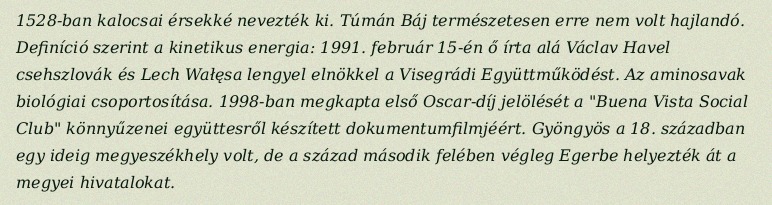
1528-ban kalocsai érsekké nevezték ki. Túmán Báj természetesen erre nem volt hajlandó. Definíció szerint a kinetikus energia: 1991. február 15-én ő írta alá Václav Havel csehszlovák és Lech Wałęsa lengyel elnökkel a Visegrádi Együttműködést. Az aminosavak biológiai csoportosítása. 1998-ban megkapta első Oscar-díj jelölését a "Buena Vista Social Club" könnyűzenei együttesről készített dokumentumfilmjéért. Gyöngyös a 18. században egy ideig megyeszékhely volt, de a század második felében végleg Egerbe helyezték át a megyei hivatalokat.